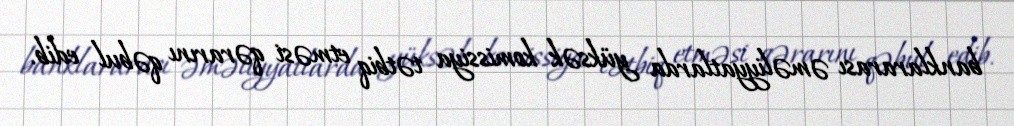
banklararası əməliyyatlarda yüksək komissiya tətbiq etməsi qərarını qəbul edib.